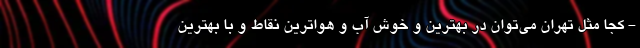
- كجا مثل تهران مي‌توان در بهترين و خوش آب و هواترين نقاط و با بهترين